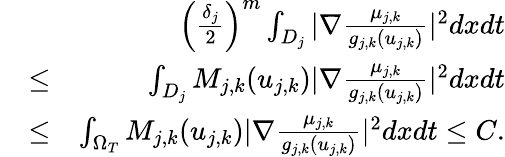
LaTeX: \begin{array}{rlr}&{}&{\left(\frac{\delta_{j}}{2}\right)^{m}\int_{D_{j}}|\nabla\frac{\mu_{j,k}}{g_{j,k}(u_{j,k})}|^{2}dxdt}\\ &{\leq}&{\int_{D_{j}}M_{j,k}(u_{j,k})|\nabla\frac{\mu_{j,k}}{g_{j,k}(u_{j,k})}|^{2}dxdt}\\ &{\leq}&{\int_{\Omega_{T}}M_{j,k}(u_{j,k})|\nabla\frac{\mu_{j,k}}{g_{j,k}(u_{j,k})}|^{2}dxdt\leq C.}\end{array}